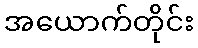
အယောက်တိုင်း